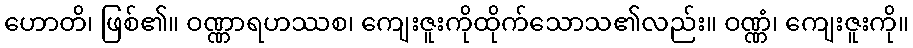
ဟောတိ၊ ဖြစ်၏။ ဝဏ္ဏာရဟဿစ၊ ကျေးဇူးကိုထိုက်သောသ၏လည်း။ ဝဏ္ဏံ၊ ကျေးဇူးကို။